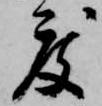
度